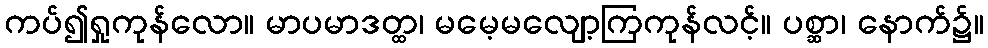
ကပ်၍ရှုကုန်လော။ မာပမာဒတ္ထ၊ မမေ့မလျော့ကြကုန်လင့်။ ပစ္ဆာ၊ နောက်၌။